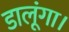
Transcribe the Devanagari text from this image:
डालूंगा।